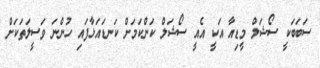
ސަބަބަކީ ސޯޝަލް މީޑިއާ އަކީ އެއީ ސޯޝަލް ކަންކަމަށް ކަނޑައަޅާފައި ހުންނަ ވަސީލަތަކަށް